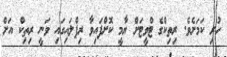
ހުރި ކަމަށެވެ. ރިތިކްގެ ޓްވީޓަށް ޔާމީ ކޮށްފައިވާ ރިޕްލައިގައި ވަނީ ރިތިކް އަށް